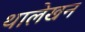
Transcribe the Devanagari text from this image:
थालेखन